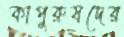
কাপুরুষদের